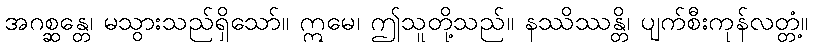
အဂစ္ဆန္တေ၊ မသွားသည်ရှိသော်။ ဣမေ၊ ဤသူတို့သည်။ နဿိဿန္တိ၊ ပျက်စီးကုန်လတ္တံ့။